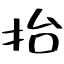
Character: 抬